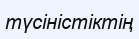
түсіністіктің